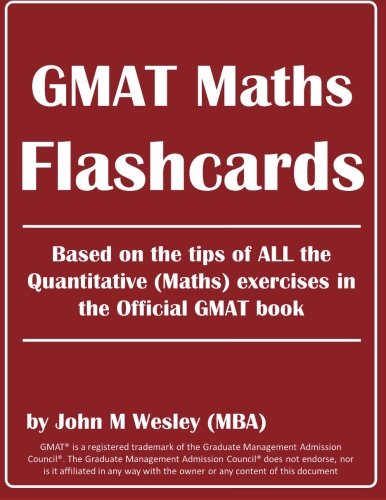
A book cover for GMAT Maths Flashcards: All Math tips & formulas you need for GMAT!; John M Wesley; Test Preparation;